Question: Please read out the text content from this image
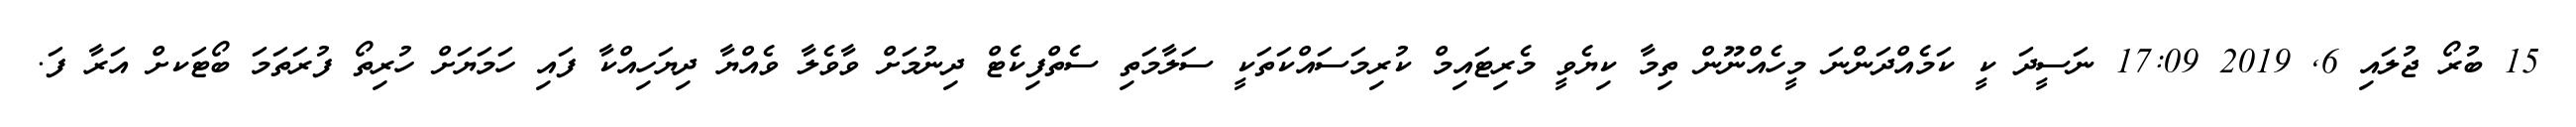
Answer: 15 ބުރޯ ޖުލައި 6, 2019 17:09 ނަސީދަ ކީ ކަމެއްދަންނަ މީހެއްނޫން ތިމާ ކިޔެވީ މެރިޓައިމް ކުރިމަސައްކަތަކީ ސަލާމަތި ސެތްފިކެޓް ދިނުމަށް ވާވެލާ ވެއްޔާ ދިޔަހިއްކާ ފައި ހަމަޔަށް ހުރިތޯ ފުރަތަމަ ބޯޓަކށް އަރާ ފަ.